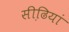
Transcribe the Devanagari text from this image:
सीढि़यां